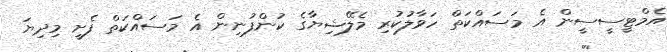
އެމްޓީސީސީން އެ މަސައްކަތް ހަވާލުކުރި މެލޭޝިޔާގެ ކުންފުނިން އެ މަސައްކަތް ފެށީ މިދިޔަ